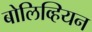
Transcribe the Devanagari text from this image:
बोलिव्हियन